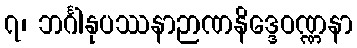
၇၊ ဘင်္ဂါနုပဿနာဉာဏနိဒ္ဒေဝဏ္ဏနာ